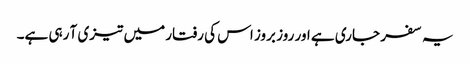
یہ سفر جاری ہے اور روز بروز اس کی رفتار میں تیزی آ رہی ہے۔